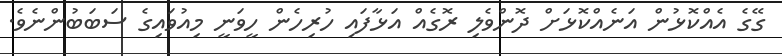
ގޭގެ އެއްކޮޅުން އަނެއްކޮޅަށް ދޮންވެލި ރޮގެއް އަޅާފައި ހުރިހެން ހީވަނީ މިއުވައިގެ ސަބަބުންނެވެ.